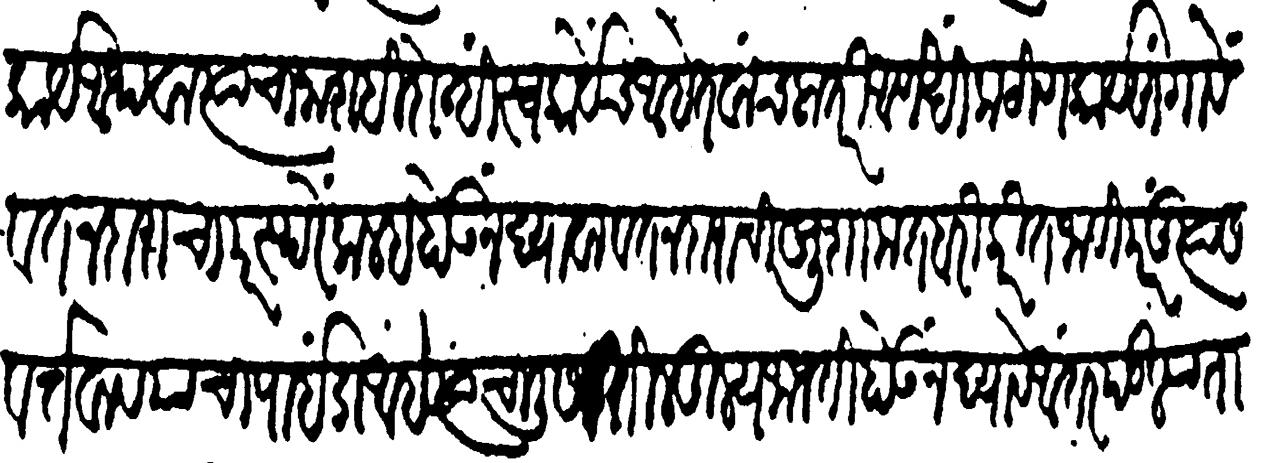
Transliteration (Devanagari): कार्य अथवा त्याचा नाश हीं दोन्ही स्वकार्येच आहेत वाचला तरि आणखी कठीण कार्य सांगावे वतनदारांचा परस्परे कलह होऊ न द्यावा वतनदारांची खुशामत बरी करीत जावी परंतु त्यास वर्तावावयाचा पाईडा आहे त्या चालीस तिळतुल्य जाजती होऊ न द्यावें आंतर पडल्या तात्काळ